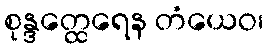
စုန္ဒတ္ထေရေန တံယေဝ၊